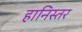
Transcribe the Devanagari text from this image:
हानिस्तर